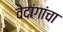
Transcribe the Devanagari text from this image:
वेदांगांचा